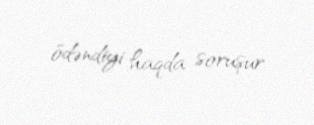
ödəndiyi haqda soruşur.